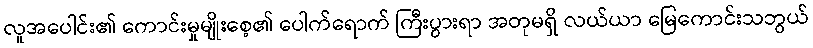
လူအပေါင်း၏ ကောင်းမှုမျိုးစေ့၏ ပေါက်ရောက် ကြီးပွားရာ အတုမရှိ လယ်ယာ မြေကောင်းသဘွယ်